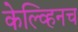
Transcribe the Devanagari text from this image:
केल्व्हिनच